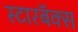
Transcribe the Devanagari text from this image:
स्टारबॅक्स